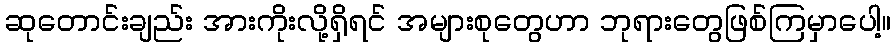
ဆုတောင်းချည်း အားကိုးလို့ရှိရင် အများစုတွေဟာ ဘုရားတွေဖြစ်ကြမှာပေါ့။